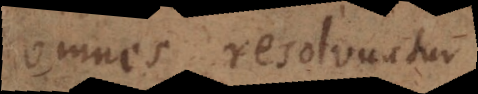
omnes resolvuntur